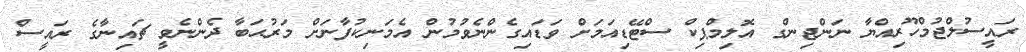
ރައީސުލްޖުމްހޫރިއްޔާ ނަންޖިންގ އޮލިމްޕިކް ސްޓޭޑިއަމަށް ވަޑައިގެންނެވުމުން އެމަނިކުފާނަށް މަރުޙަބާ ދެންނެވީ ޗައިނާގެ ރައީސް